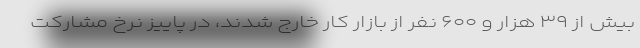
بیش از ۳۹ هزار و ۶۰۰ نفر از بازار کار خارج شدند، در پاییز نرخ مشارکت